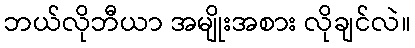
ဘယ်လိုဘီယာ အမျိုးအစား လိုချင်လဲ။